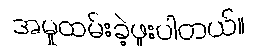
အမှုထမ်းခဲ့ဖူးပါတယ်။